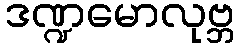
ဒဏ္ဍမောလုဗ္ဘ